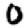
Digit: 0